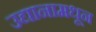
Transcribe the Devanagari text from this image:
उद्यानामधून